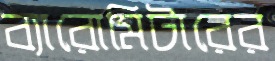
ব্যারোমিটারের